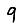
Digit: 9